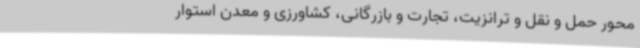
محور حمل و نقل و ترانزیت، تجارت و بازرگانی، کشاورزی و معدن استوار